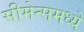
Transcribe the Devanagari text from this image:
सीमेन्समध्ये